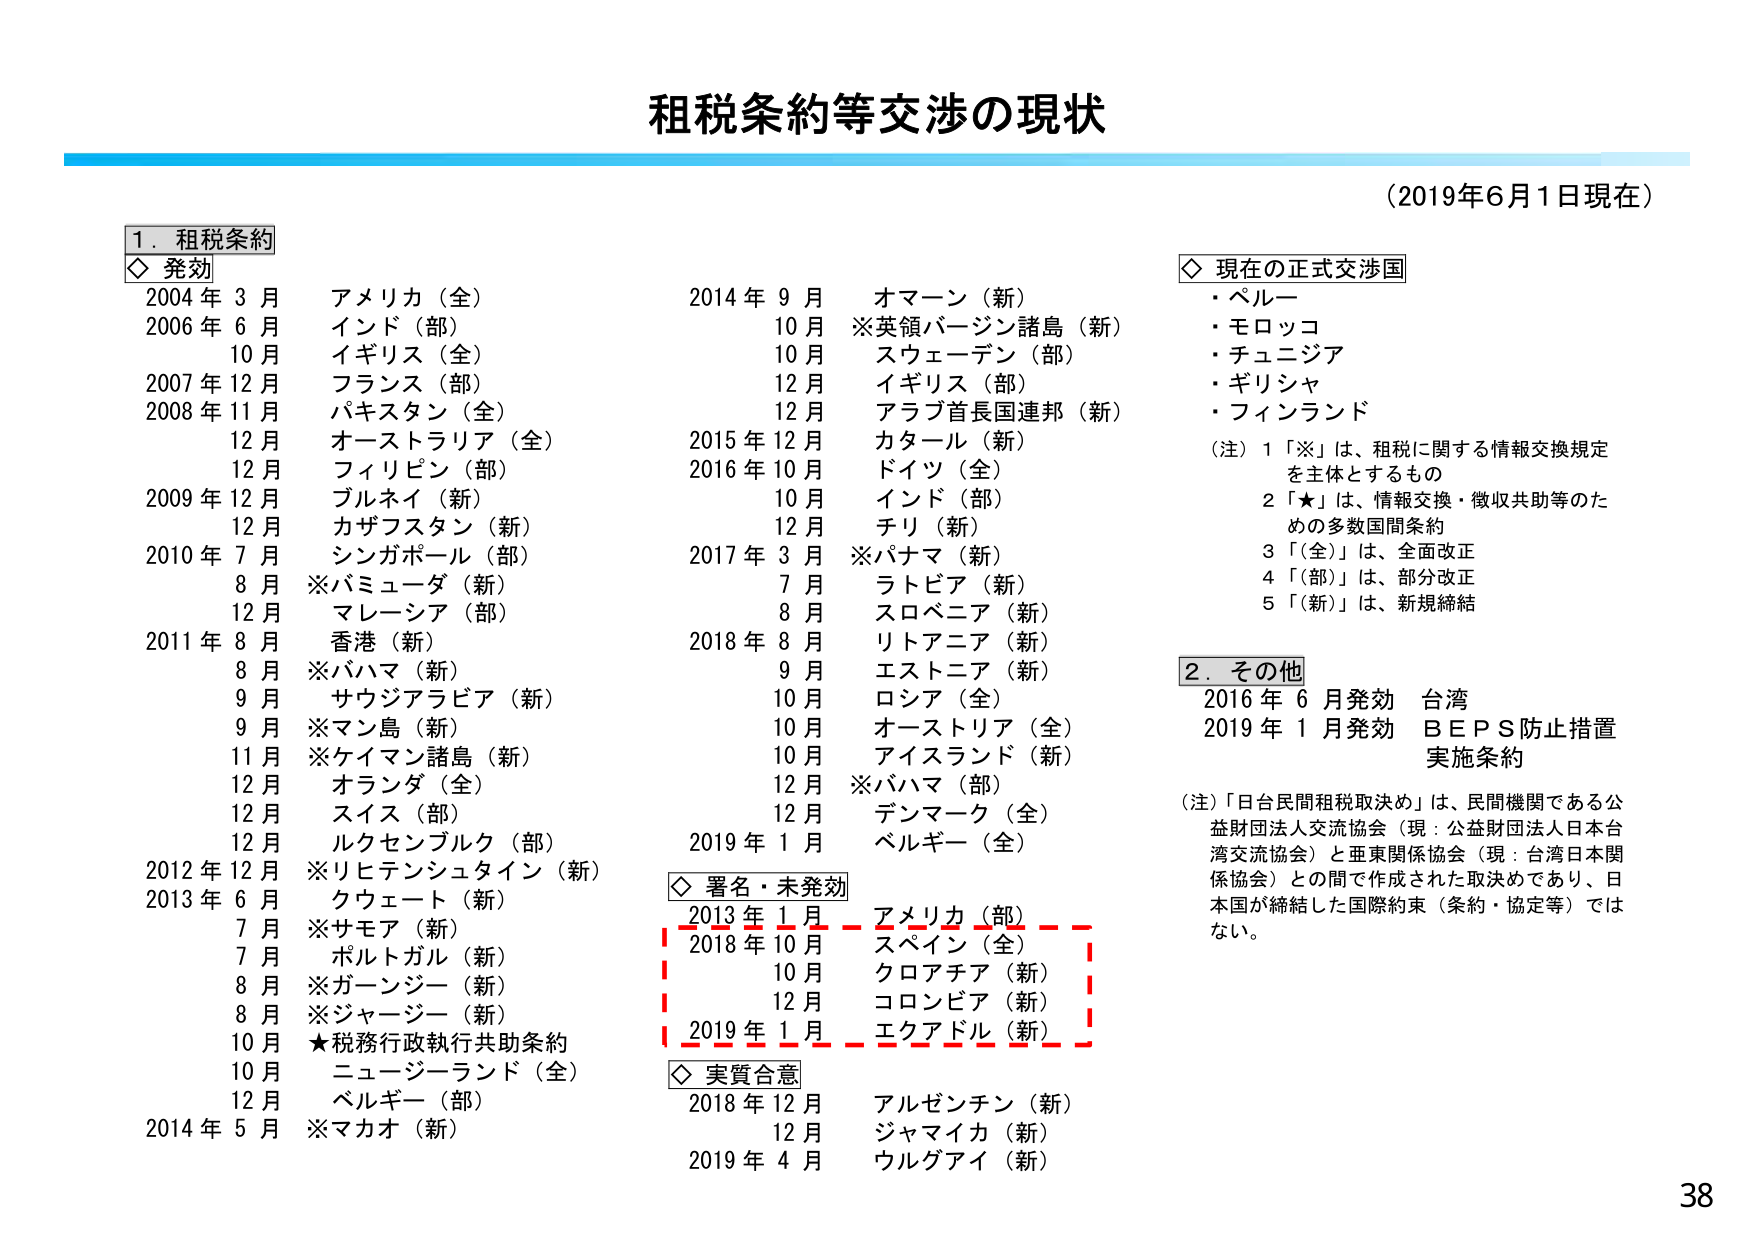
租税条約等交渉の現状
（2019年6月1日現在）

1．租税条約
◇ 発効
2004年3月 アメリカ（全）
2006年6月 インド（部）
　　　10月 イギリス（全）
2007年12月 フランス（部）
2008年11月 パキスタン（全）
　　　12月 オーストラリア（全）
　　　12月 フィリピン（部）
2009年12月 ブルネイ（新）
　　　12月 カザフスタン（新）
2010年7月 シンガポール（部）
　　　8月 ※バミューダ（新）
　　　12月 マレーシア（部）
2011年8月 香港（新）
　　　8月 ※バハマ（新）
　　　9月 サウジアラビア（新）
　　　9月 ※マン島（新）
　　　11月 ※ケイマン諸島（新）
　　　12月 オランダ（全）
　　　12月 スイス（部）
　　　12月 ルクセンブルク（部）
2012年12月 ※リヒテンシュタイン（新）
2013年6月 クウェート（新）
　　　7月 ※サモア（新）
　　　7月 ポルトガル（新）
　　　8月 ※ガーンジー（新）
　　　8月 ※ジャージー（新）
　　　10月 ★税務行政執行共助条約
　　　10月 ニュージーランド（全）
　　　12月 ベルギー（部）
2014年5月 ※マカオ（新）
　　　9月 オマーン（新）
　　　10月 ※英領バージン諸島（新）
　　　10月 スウェーデン（部）
　　　12月 イギリス（部）
　　　12月 アラブ首長国連邦（新）
2015年12月 カタール（新）
2016年10月 ドイツ（全）
　　　10月 インド（部）
　　　12月 チリ（新）
2017年3月 ※パナマ（新）
　　　7月 ラトビア（新）
　　　8月 スロベニア（新）
2018年8月 リトアニア（新）
　　　9月 エストニア（新）
　　　10月 ロシア（全）
　　　10月 オーストラリア（全）
　　　10月 アイスランド（新）
　　　12月 ※バハマ（部）
　　　12月 デンマーク（全）
2019年1月 ベルギー（全）

◇ 署名・未発効
2013年1月 アメリカ（部）
2018年10月 スペイン（全）
　　　10月 クロアチア（新）
　　　12月 コロンビア（新）
2019年1月 エクアドル（新）

◇ 実質合意
2018年12月 アルゼンチン（新）
　　　12月 ジャマイカ（新）
2019年4月 ウルグアイ（新）

◇ 現在の正式交渉国
・ペルー
・モロッコ
・チュニジア
・ギリシャ
・フィンランド

（注）1 「※」は、租税に関する情報交換規定を主体とするもの
　　　2 「★」は、情報交換・徴収共助等のための多数国間条約
　　　3 「（全）」は、全面改正
　　　4 「（部）」は、部分改正
　　　5 「（新）」は、新規締結

2．その他
2016年6月発効 台湾
2019年1月発効 ＢＥＰＳ防止措置実施条約

（注）「日台民間租税取決め」は、民間機関である公益財団法人交流協会（現：公益財団法人日本台湾交流協会）と亜東関係協会（現：台湾日本関係協会）との間で作成された取決めであり、日本国が締結した国際約束（条約・協定等）ではない。

38